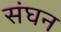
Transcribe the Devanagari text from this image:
संघन